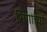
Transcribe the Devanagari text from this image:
भिंगांच्या